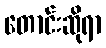
တောင်းဆိုရာ